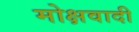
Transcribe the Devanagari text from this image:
मोक्षवादी